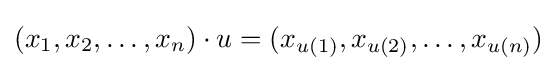
(x_{1},x_{2},\ldots ,x_{n})\cdot u=(x_{u(1)},x_{u(2)},\ldots ,x_{u(n)})